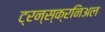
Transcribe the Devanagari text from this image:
ट्रन्स्क्रनिअल